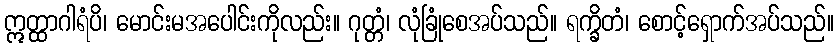
ဣတ္ထာဂါရံပိ၊ မောင်းမအပေါင်းကိုလည်း။ ဂုတ္တံ၊ လုံခြုံစေအပ်သည်။ ရက္ခိတံ၊ စောင့်ရှောက်အပ်သည်။